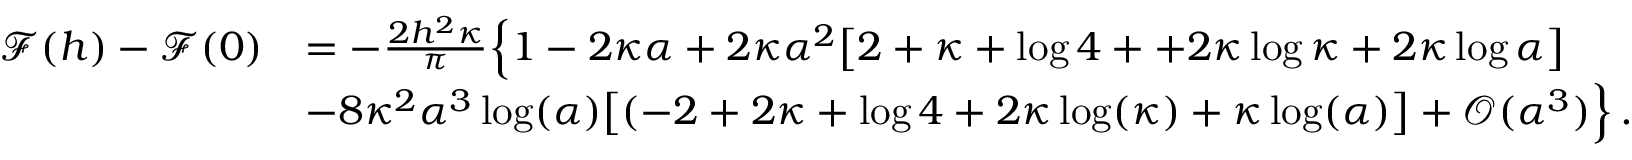
\begin{array} { r l } { \mathcal { F } ( h ) - \mathcal { F } ( 0 ) } & { = - \frac { 2 h ^ { 2 } \kappa } { \pi } \Big \{ 1 - 2 \kappa \alpha + 2 \kappa \alpha ^ { 2 } \big [ 2 + \kappa + \log 4 + + 2 \kappa \log \kappa + 2 \kappa \log \alpha \big ] } \\ & { - 8 \kappa ^ { 2 } \alpha ^ { 3 } \log ( \alpha ) \big [ ( - 2 + 2 \kappa + \log 4 + 2 \kappa \log ( \kappa ) + \kappa \log ( \alpha ) \big ] + \mathcal { O } ( \alpha ^ { 3 } ) \Big \} \, . } \end{array}